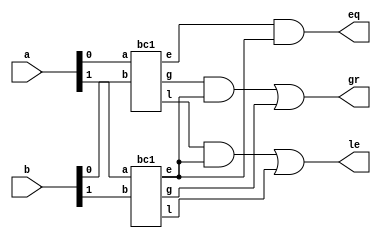
module bc2(eq,gr,le,a,b);
output eq,gr,le;
input [1:0] a;
input [1:0] b;
wire [1:0]e,g,l;
wire [2:1]w;
bc1 m1(e[0],g[0],l[0],a[0],b[0]);
bc1 m2(e[1],g[1],l[1],a[1],b[1]);
and g1(eq,e[0],e[1]);
and g2(w[1],g[0],e[1]);
and g3(w[2],l[0],e[1]);
or g4(gr,w[1],g[1]);
or g5(le,w[2],l[1]);
endmodule


module bc1(e,g,l,a,b);
output e,g,l;
input a,b;
wire [2:1]w;
xnor g1(e,a,b);
not g2(w[1],b);
not g3(w[2],a);
and g4(g,a,w[1]);
and g5(l,w[2],b);
endmodule